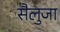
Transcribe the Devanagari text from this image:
सैलुजा